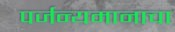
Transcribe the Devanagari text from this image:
पर्जन्यमानाचा